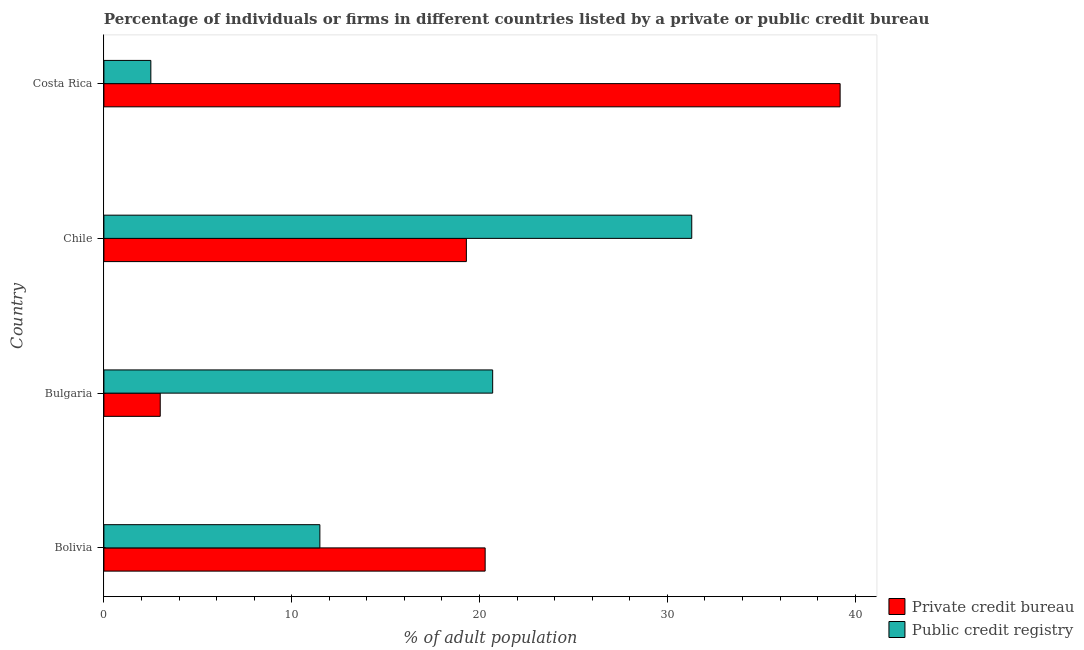
| Country | Private credit bureau | Public credit registry |
 | --- | --- | --- |
 | Bolivia | 20.3 | 11.5 |
 | Bulgaria | 3 | 20.7 |
 | Chile | 19.3 | 31.3 |
 | Costa Rica | 39.2 | 2.5 |